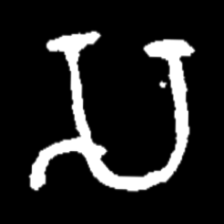
Pyu character \u2014 Myanmar letter: သ (romanized: sa)